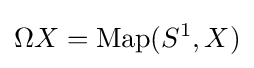
\Omega X=\operatorname {Map} (S^{1},X)